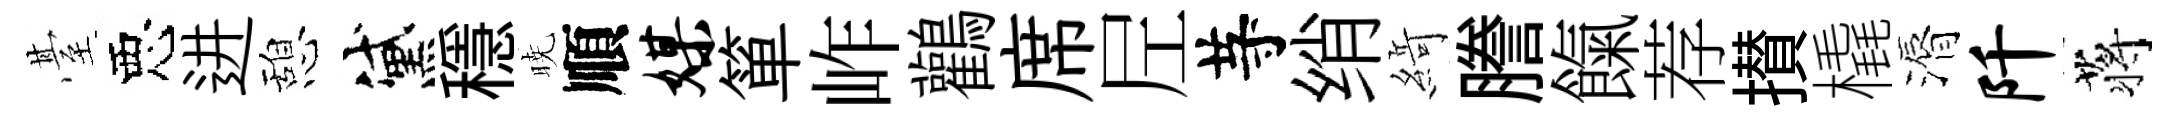
䑓惡进憩黛穩暁順媒箪岞鸛席𡰱䒭绡𦂶謄餼荐攅橇漘阡蒋